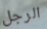
الرجل